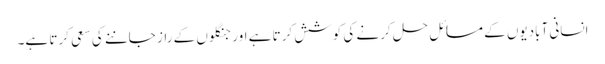
انسانی آبادیوں کے مسائل حل کرنے کی کوشش کرتا ہے اور جنگلوں کے راز جاننے کی سعی کرتا ہے۔